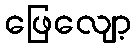
ဖြေလျော့